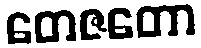
တေဇတော